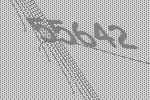
55642